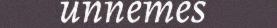
unnemes